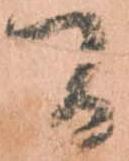
間